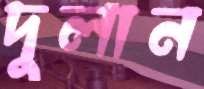
দুলান